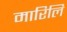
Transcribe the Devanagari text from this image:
मारिलि